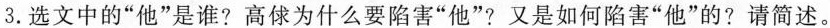
3.选文中的”他”是谁?高俅为什么要陷害”他”?又是如何陷害”他”的?请简述.